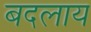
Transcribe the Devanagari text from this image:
बदलाय